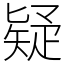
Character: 疑